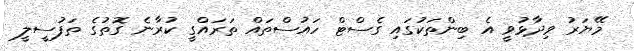
މޭޔަރު ވިދާޅުވީ އެ ބިންތަކުގައި ގެސްޓް ހައުސްތައް ތަރައްގީ ކުރާނެ ގޮތުގެ ތަފުސީލީ